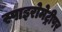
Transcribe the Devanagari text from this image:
स्पाइरोमेट्रीपर